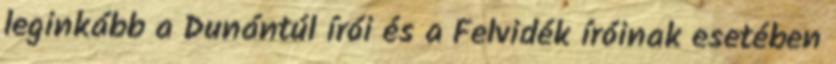
leginkább a Dunántúl írói és a Felvidék íróinak esetében